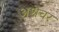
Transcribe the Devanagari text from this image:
अशेचर